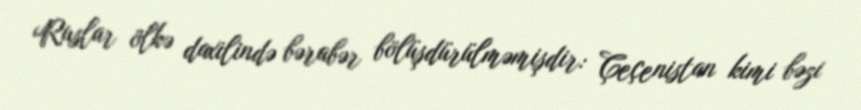
Ruslar ölkə daxilində bərabər bölüşdürülməmişdir: Çeçenistan kimi bəzi